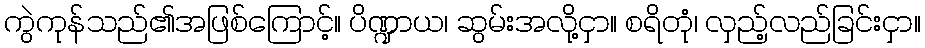
ကွဲကုန်သည်၏အဖြစ်ကြောင့်။ ပိဏ္ဍာယ၊ ဆွမ်းအလို့ငှာ။ စရိတုံ၊ လှည့်လည်ခြင်းငှာ။